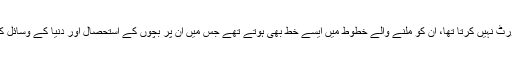
مگر ہر ایک اس خاندان کو سپورٹ نہیں کرتا تھا، ان کو ملنے والے خطوط میں ایسے خط بھی ہوتے تھے جس میں ان پر بچوں کے استحصال اور دنیا کے وسائل کے ضیاع کا الزام عائد کیا جاتا۔